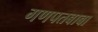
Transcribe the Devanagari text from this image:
गणपतबाबा